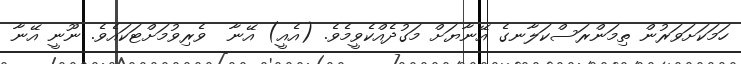
ހަމަކަށަވަރުން ތިމަންރަސްކަލާނގެ އޭނާޔަށް މަގުދެއްކެވީމެވެ. (އެއީ) އޭނާ  ވެރިވުމަށްޓަކައެވެ. ނޫނީ އޭނާ